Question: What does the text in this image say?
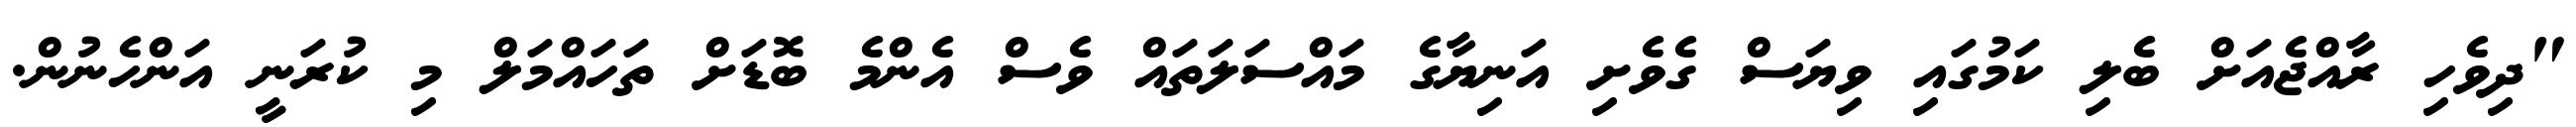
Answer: "ދިވެހި ރާއްޖެއަށް ބެލި ކަމުގައި ވިޔަސް ގެވެށި އަނިޔާގެ މައްސަލަތައް ވެސް އެންމެ ބޮޑަށް ތަހައްމަލް މި ކުރަނީ އަންހެނުން.